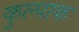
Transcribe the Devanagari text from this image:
कुल्पाक